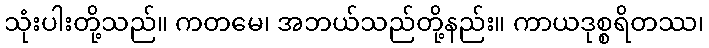
သုံးပါးတို့သည်။ ကတမေ၊ အဘယ်သည်တို့နည်း။ ကာယဒုစ္စရိတဿ၊